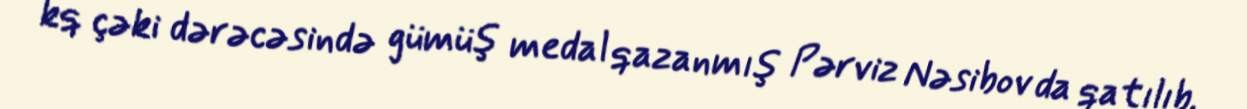
kq çəki dərəcəsində gümüş medal qazanmış Pərviz Nəsibov da qatılıb.